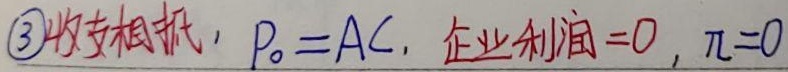
\textcircled{3} 收支相抵，\(P_{0}=AC\)，企业利润\(=0\)，\(\pi = 0\)